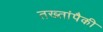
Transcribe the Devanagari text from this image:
तख्तांपैकी